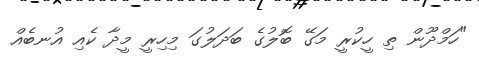
"ހަމްދޫން ތި ހީކުރީ މަގޭ ބޮލުގެ ބަދަލުގަ މިހިރީ މީދާ ކެއި އުނބެއް